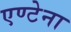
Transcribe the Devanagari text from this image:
एण्टेना